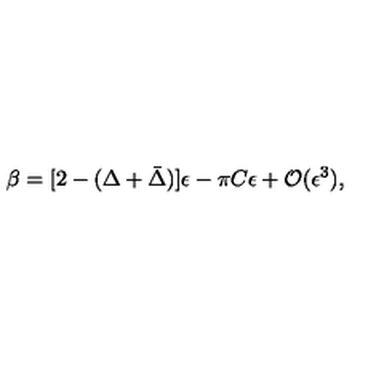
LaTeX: \beta = [ 2 - ( \Delta + \bar { \Delta } ) ] \epsilon - \pi C \epsilon + { \cal O } ( \epsilon ^ { 3 } ) ,